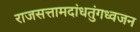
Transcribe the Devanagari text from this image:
राजसत्तामदांधतुंगध्वजन